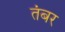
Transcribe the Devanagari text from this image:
तंबर